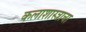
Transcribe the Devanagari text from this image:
कलाशास्त्राचा